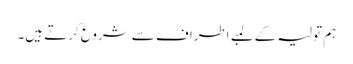
ہم تولیہ کے لمبے اطراف سے شروع کرتے ہیں۔